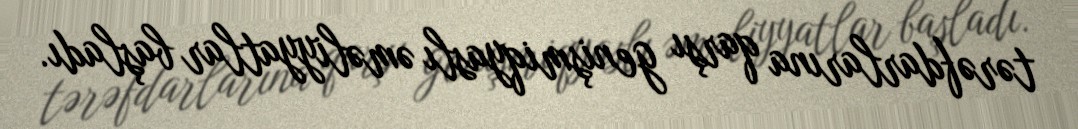
tərəfdarlarına qarşı genişmiqyaslı əməliyyatlar başladı.